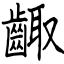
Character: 齱